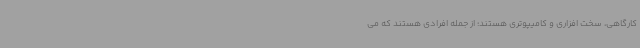
کارگاهی، سخت افزاری و کامیپوتری هستند؛ از جمله افرادی هستند که می